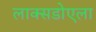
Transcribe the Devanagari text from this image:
लाक्सडोएला